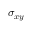
\sigma _ { x y }